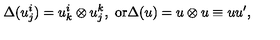
\Delta ( u _ { j } ^ { i } ) = u _ { k } ^ { i } \otimes u _ { j } ^ { k } , \ \mathrm { o r } \Delta ( u ) = u \otimes u \equiv u u ^ { \prime } ,